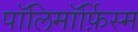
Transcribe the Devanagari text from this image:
पॉलिमॉर्फ़िस्म